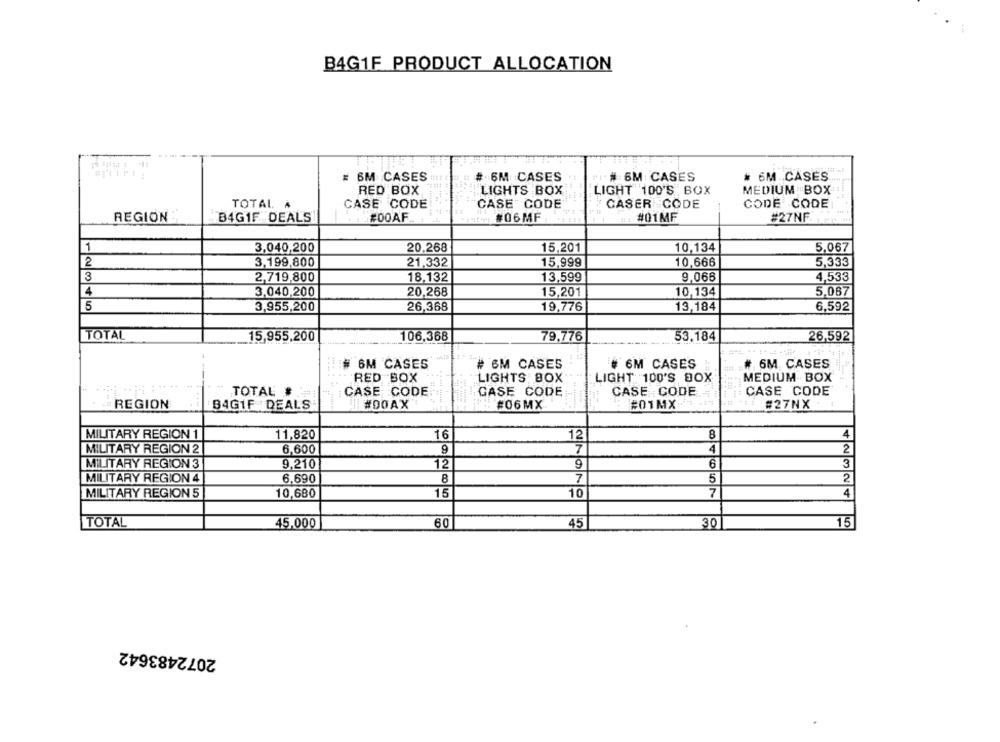
B4G1F PRODUCT ALLOCATION
# 6M CASES
# 6M CASES
# 6M CASES
# 6M CASES
RED BOX
LIGHTS BOX
LIGHT 100'S , BOX
MEDIUM BOX
TOTAL À
CASE CODE
CASE CODE
CASER CODE
CODE CODE
REGION
B4GIF DEALS
#00AF
#06MF
#01MF
#27NF.
1
3,040,200
20.268
15.201
10,134
5,067
2
3,199,800
21,332
15,999
10,666
5,333
3
2,719,800
18.132
13,599
9,066
4,533
4
3.040,200
20,268
15,201
10,134
5,067
5
3,955,200
26,368
19,776
13,184
6,592
TOTAL
15,955,200
106,368
79,776
53.184
26,592
# 6M CASES
# 6M CASES
# 6M CASES
# 6M CASES
RED BOX
LIGHTS BOX
LIGHT: 100'S BOX
MEDIUM BOX
TOTAL
CASE CODE
GASE CODE
CASE CODE
CASE CODE
REGION
B4GIF DEALS
#00AX
#06MX
#01MX.
#27NX
MILITARY REGION 1
11,820
16
12
8
4
MILITARY REGION 2
6,600
9
7
4
2
MILITARY REGION 3
9,210
12
9
6
3
MILITARY REGION 4
6,690
B
7
5
2
MILITARY REGION 5
10,680
15
10
7
4
TOTAL
45,000
60
45
30
15
2072483642